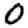
Digit: 0